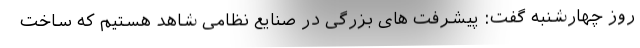
روز چهارشنبه گفت: پیشرفت های بزرگی در صنایع نظامی شاهد هستیم که ساخت